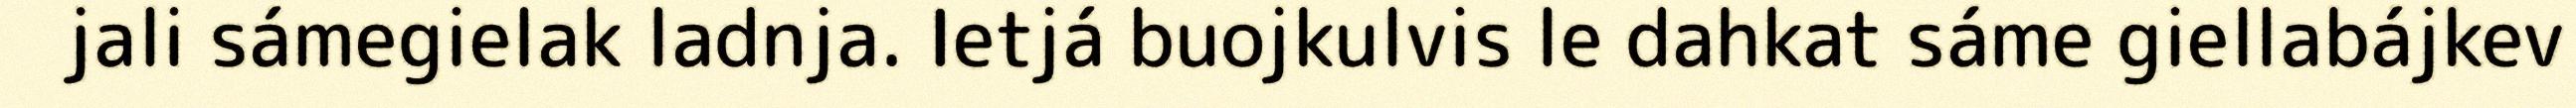
jali sámegielak ladnja. Ietjá buojkulvis le dahkat sáme giellabájkev